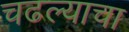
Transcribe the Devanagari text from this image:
चढल्याचा